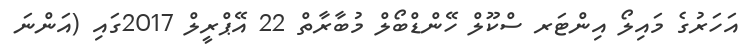
އަހަރުގެ މައިލޯ އިންޓަރ ސްކޫލް ހޭންޑްބޯލް މުބާރާތް 22 އޭޕްރީލް 2017ގައި (އަންނަ